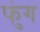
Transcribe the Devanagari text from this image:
फुंग